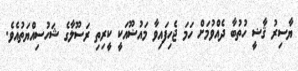
ޔާސިރު ޤާޟީ ހުތުބާ ދެއްވުމަށް ހަމަ ޖެހިފައިވާ މައުޟޫއަކީ ކީރިތި ރަސޫލާގެ ޝަހުސިއްޔަތުއެވެ.